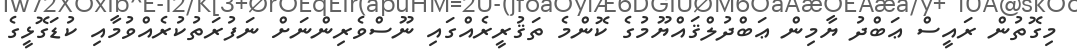
މިގޮތުން ރައީސް ޢަބްދު ޔާމިން ޢަބްދުލްޤައްޔޫމުގެ ކޮންމެ ތަޤުރީރެއްގައި ނޫސްވެރިންނަށް ނަފުރަތުކުރެއްވުމާއި ކުޑަގޮޅީގެ